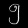
Digit: ၅